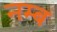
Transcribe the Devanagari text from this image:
नम्ब